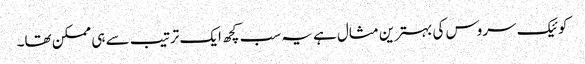
کوئیک سروس کی بہترین مثال ہے یہ سب کچھ ایک ترتیب سے ہی ممکن تھا۔